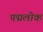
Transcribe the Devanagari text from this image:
पद्मलोक